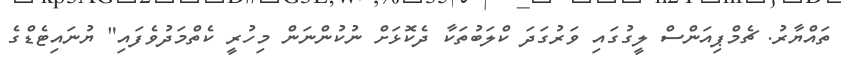
ތައްޔާރު. ޗެމްޕިއަންސް ލީގުގައި ވަރުގަދަ ކްލަބުތަކާ ދެކޮޅަށް ނުކުންނަން މިހުރީ ކެތްމަދުވެފައި" ޔުނައިޓެޑްގެ